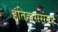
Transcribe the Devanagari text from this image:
इतिहाससंग्रह